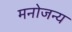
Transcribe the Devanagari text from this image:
मनोजन्य